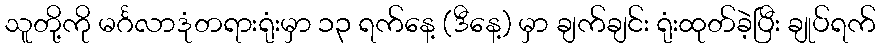
သူတို့ကို မင်္ဂလာဒုံတရားရုံးမှာ ၁၃ ရက်နေ့ (ဒီနေ့) မှာ ချက်ချင်း ရုံးထုတ်ခဲ့ပြီး ချုပ်ရက်